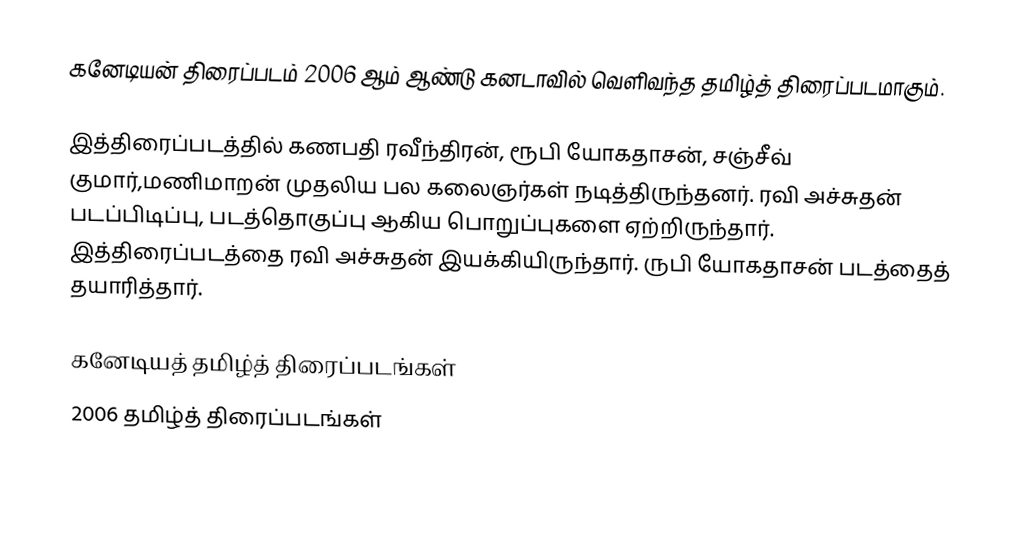
கனேடியன் திரைப்படம் 2006 ஆம் ஆண்டு கனடாவில் வெளிவந்த தமிழ்த் திரைப்படமாகும்.

இத்திரைப்படத்தில் கணபதி ரவீந்திரன், ரூபி யோகதாசன், சஞ்சீவ் குமார்,மணிமாறன் முதலிய பல கலைஞர்கள் நடித்திருந்தனர். ரவி அச்சுதன் படப்பிடிப்பு, படத்தொகுப்பு ஆகிய பொறுப்புகளை ஏற்றிருந்தார். இத்திரைப்படத்தை ரவி அச்சுதன் இயக்கியிருந்தார். ருபி யோகதாசன் படத்தைத் தயாரித்தார்.

கனேடியத் தமிழ்த் திரைப்படங்கள்
2006 தமிழ்த் திரைப்படங்கள்